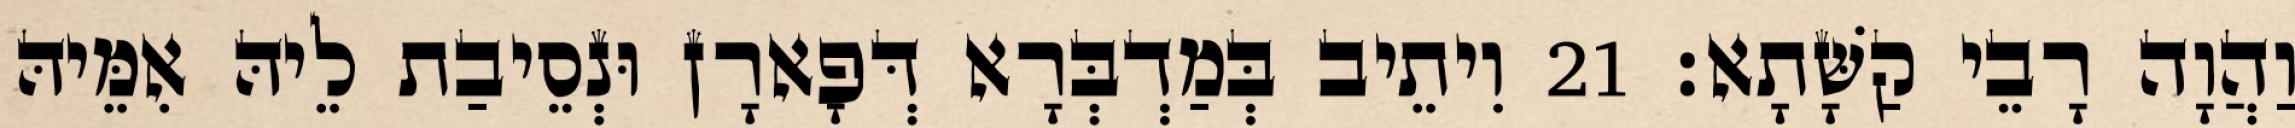
וַהֲוָה רָבֵי קַשָּׁתָא׃ 21 וִיתֵיב בְּמַדְבְּרָא דְּפָארָן וּנְסֵיבַת לֵיהּ אִמֵּיהּ